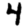
Digit: 4